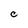
Character: C